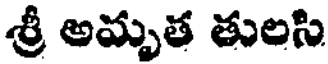
శ్రీ అమృత తులసి